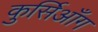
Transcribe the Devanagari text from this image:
कुर्सिआँग